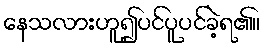
နေသလားဟူ၍ပင်ပူပင်ခဲ့ရ၏။